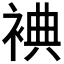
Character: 𲀵